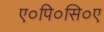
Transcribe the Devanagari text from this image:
ए०पि०सि०ए